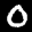
Label: 0